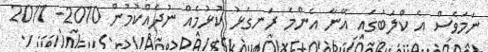
ނަމަވެސް އެ ކްލަބުގައި އޭނާ އެންމެ ރަނގަޅު ކުޅުމެއް ނުދެއްކުމުން 2010- 2011